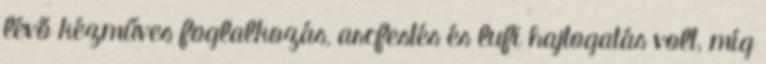
lévő kézműves foglalkozás, arcfestés és lufi hajtogatás volt, míg